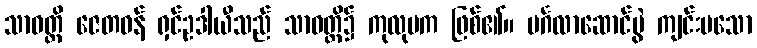
သာဝတ္ထိ ဇေတဝန် ရှင်ဥဒါယီသည် သာဝတ္ထိ၌ ကုလုပက ဖြစ်၏။ မင်္ဂလာဆောင်ပွဲ ကျင်းပသော